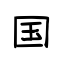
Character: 国